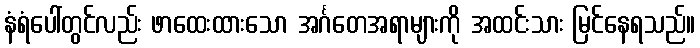
နံရံပေါ်တွင်လည်း ဖာထေးထားသော အင်္ဂတေအရာများကို အထင်းသား မြင်နေရသည်။